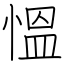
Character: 慍